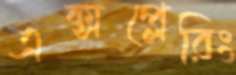
এক্সপ্লেরিং